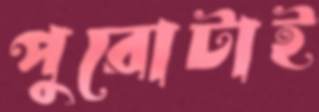
পুরোটাই